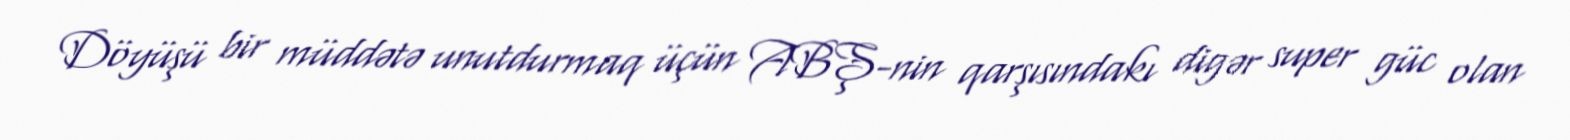
Döyüşü bir müddətə unutdurmaq üçün ABŞ-nin qarşısındakı digər super güc olan